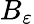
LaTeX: B_{\varepsilon}